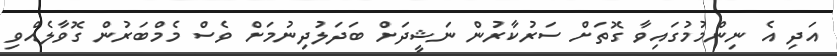
އަދި އެ ނިންމުމުގައިވާ ގޮތަށް ސަރުކާރުން ނަޝީދަށް ބަދަލުދިނުމަށް ވެސް މެމްބަރުން ގޮވާލެއްވި